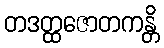
တဒတ္ထဇောတကန္တိ